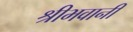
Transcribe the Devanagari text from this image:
श्रीभवानी